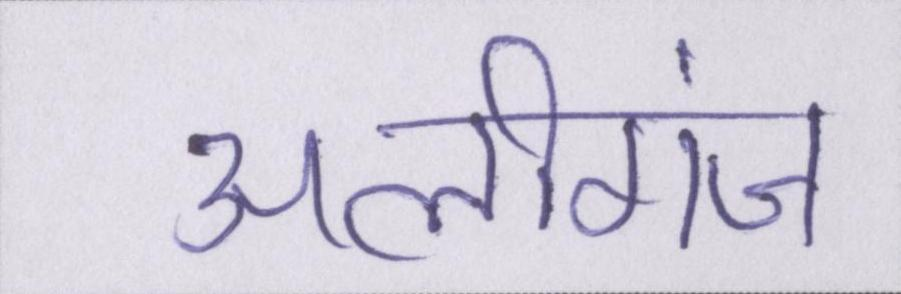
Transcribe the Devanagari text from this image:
अलीगंज